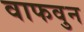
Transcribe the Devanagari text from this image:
वाफवुन